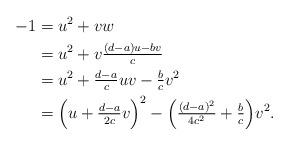
LaTeX: \begin{align*}-1&=u^2+vw \\&=u^2+v\tfrac{(d-a)u-bv}{c} \\&=u^2+\tfrac{d-a}{c}uv-\tfrac{b}{c}v^2 \\&=\Big(u+\tfrac{d-a}{2c}v\Big)^2-\Big(\tfrac{(d-a)^2}{4c^2}+\tfrac{b}{c}\Big)v^2.\end{align*}